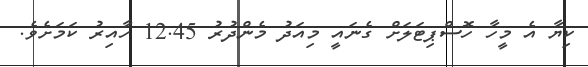
ކިޔާ އެ މީހާ ހޮސްޕިޓަލަށް ގެނައީ މިއަދު މެންދުރު 12.45 ހާއިރު ކަމަށެވެ.